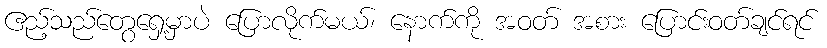
ဧည့်သည်တွေရှေ့မှာပဲ ပြောလိုက်မယ်၊ နောက်ကို အဝတ် အစား ပြောင်းဝတ်ချင်ရင်